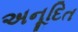
અનૂદિત